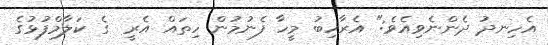
އެހިނދު ދެންނެވިއެވެ:" އެރާހިބު މީހާ ފެނުމުން ހިތައް އެރީ  ގެ ކަލާމްފުޅުގެ